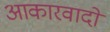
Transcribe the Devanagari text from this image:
आकारवादों